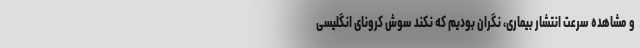
و مشاهده سرعت انتشار بیماری، نگران بودیم که نکند سوش کرونای انگلیسی